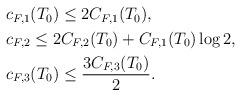
LaTeX: \begin{align*}\begin{aligned} & c_{F,1}(T_0)\le 2C_{F,1}(T_0), \\ & c_{F,2}\le 2C_{F,2}(T_0)+C_{F,1}(T_0)\log{2}, \\ & c_{F,3}(T_0)\le\frac{3C_{F,3}(T_0)}{2}. \end{aligned} \end{align*}